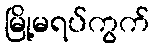
မြို့မရပ်ကွက်